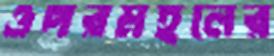
ওপরমহলের